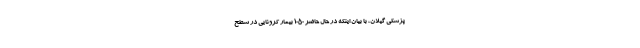
پزشکی گیلان، با بیان اینکه در حال حاضر ۱۰۵۰ بیمار کرونایی در سطح